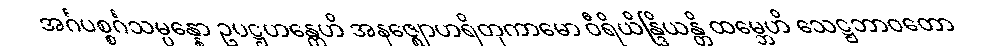
အင်္ဂပစ္စင်္ဂသမ္ပန္နော ဥပဋ္ဌဟန္တေဟိ အနဇ္ဈောဟရိတုကာမော ဝီရိယိန္ဒြိယန္တိ ထမ္ဘေဟိ သေဋ္ဌဘာဝတော